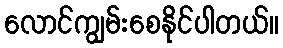
လောင်ကျွမ်းစေနိုင်ပါတယ်။